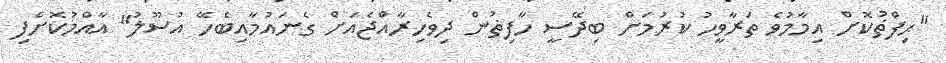
"ޙިފްޡުކޮށް އިމާމުވެ ތަރާވީހު ކުރުމަށް ބިދޭސީ ހާފިޡުން ދިވެހިރާއްޖެއަށް ގެނައުމާއިބެހޭ އުސޫލު" އާއްމުކޮށްފި